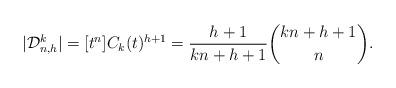
LaTeX: \begin{align*}\vert \mathcal{D}_{n,h}^k \vert = [t^n] C_k(t)^{h+1} = \frac{h+1}{kn+h+1} \binom{kn+h+1}{n}.\end{align*}